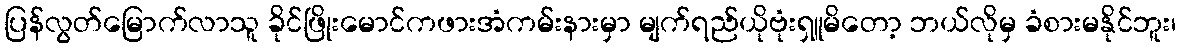
ပြန်လွတ်မြောက်လာသူ ခိုင်ဖြိုးမောင်ကဖားအံကမ်းနားမှာ မျက်ရည်ယိုဗုံးရှူမိတော့ ဘယ်လိုမှ ခံစားမနိုင်ဘူး၊